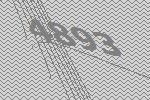
4893